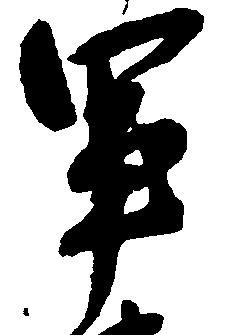
軍